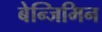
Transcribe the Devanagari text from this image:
बेन्जिमिन